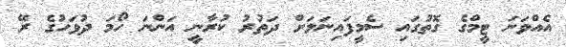
އެއްވަނަ ޓީމްގެ ގޮތުގައި ސެމީފައިނަލަށް ދަތުރު ކުރާނީ އަންނަ ހޯމަ ދުވަހުގެ ރޭ